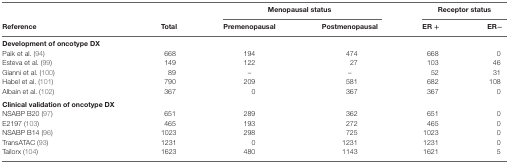
<table><thead><tr><td></td><td></td><td colspan="2"><b>Menopausal status</b></td><td colspan="2"><b>Receptor status</b></td></tr><tr><td><b>Reference</b></td><td><b>Total</b></td><td><b>Premenopausal</b></td><td><b>Postmenopausal</b></td><td><b>ER +</b></td><td><b>ER−</b></td></tr></thead><tbody><tr><td colspan="6"><b>Development of oncotype DX</b></td></tr><tr><td>Paik et al. (94)</td><td>668</td><td>194</td><td>474</td><td>668</td><td>0</td></tr><tr><td>Esteva et al. (99)</td><td>149</td><td>122</td><td>27</td><td>103</td><td>46</td></tr><tr><td>Gianni et al. (100)</td><td>89</td><td>–</td><td>–</td><td>52</td><td>31</td></tr><tr><td>Habel et al. (101)</td><td>790</td><td>209</td><td>581</td><td>682</td><td>108</td></tr><tr><td>Albain et al. (102)</td><td>367</td><td>0</td><td>367</td><td>367</td><td>0</td></tr><tr><td colspan="6"><b>Clinical validation of oncotype DX</b></td></tr><tr><td>NSABP B20 (97)</td><td>651</td><td>289</td><td>362</td><td>651</td><td>0</td></tr><tr><td>E2197 (103)</td><td>465</td><td>193</td><td>272</td><td>465</td><td>0</td></tr><tr><td>NSABP B14 (96)</td><td>1023</td><td>298</td><td>725</td><td>1023</td><td>0</td></tr><tr><td>TransATAC (93)</td><td>1231</td><td>0</td><td>1231</td><td>1231</td><td>0</td></tr><tr><td>Tailorx (104)</td><td>1623</td><td>480</td><td>1143</td><td>1621</td><td>5</td></tr></tbody></table>